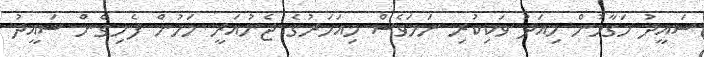
ސައީދު މަގާމުން މިއަދު ވަކިކުރި ނަމަވެސް މިއަހަރުގެ ޖެނުއަރީ މަހުން ފެށިގެން ސައީދު